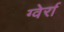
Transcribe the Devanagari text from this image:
ग्वेर्रा